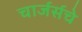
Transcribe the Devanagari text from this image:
चार्जर्सचे